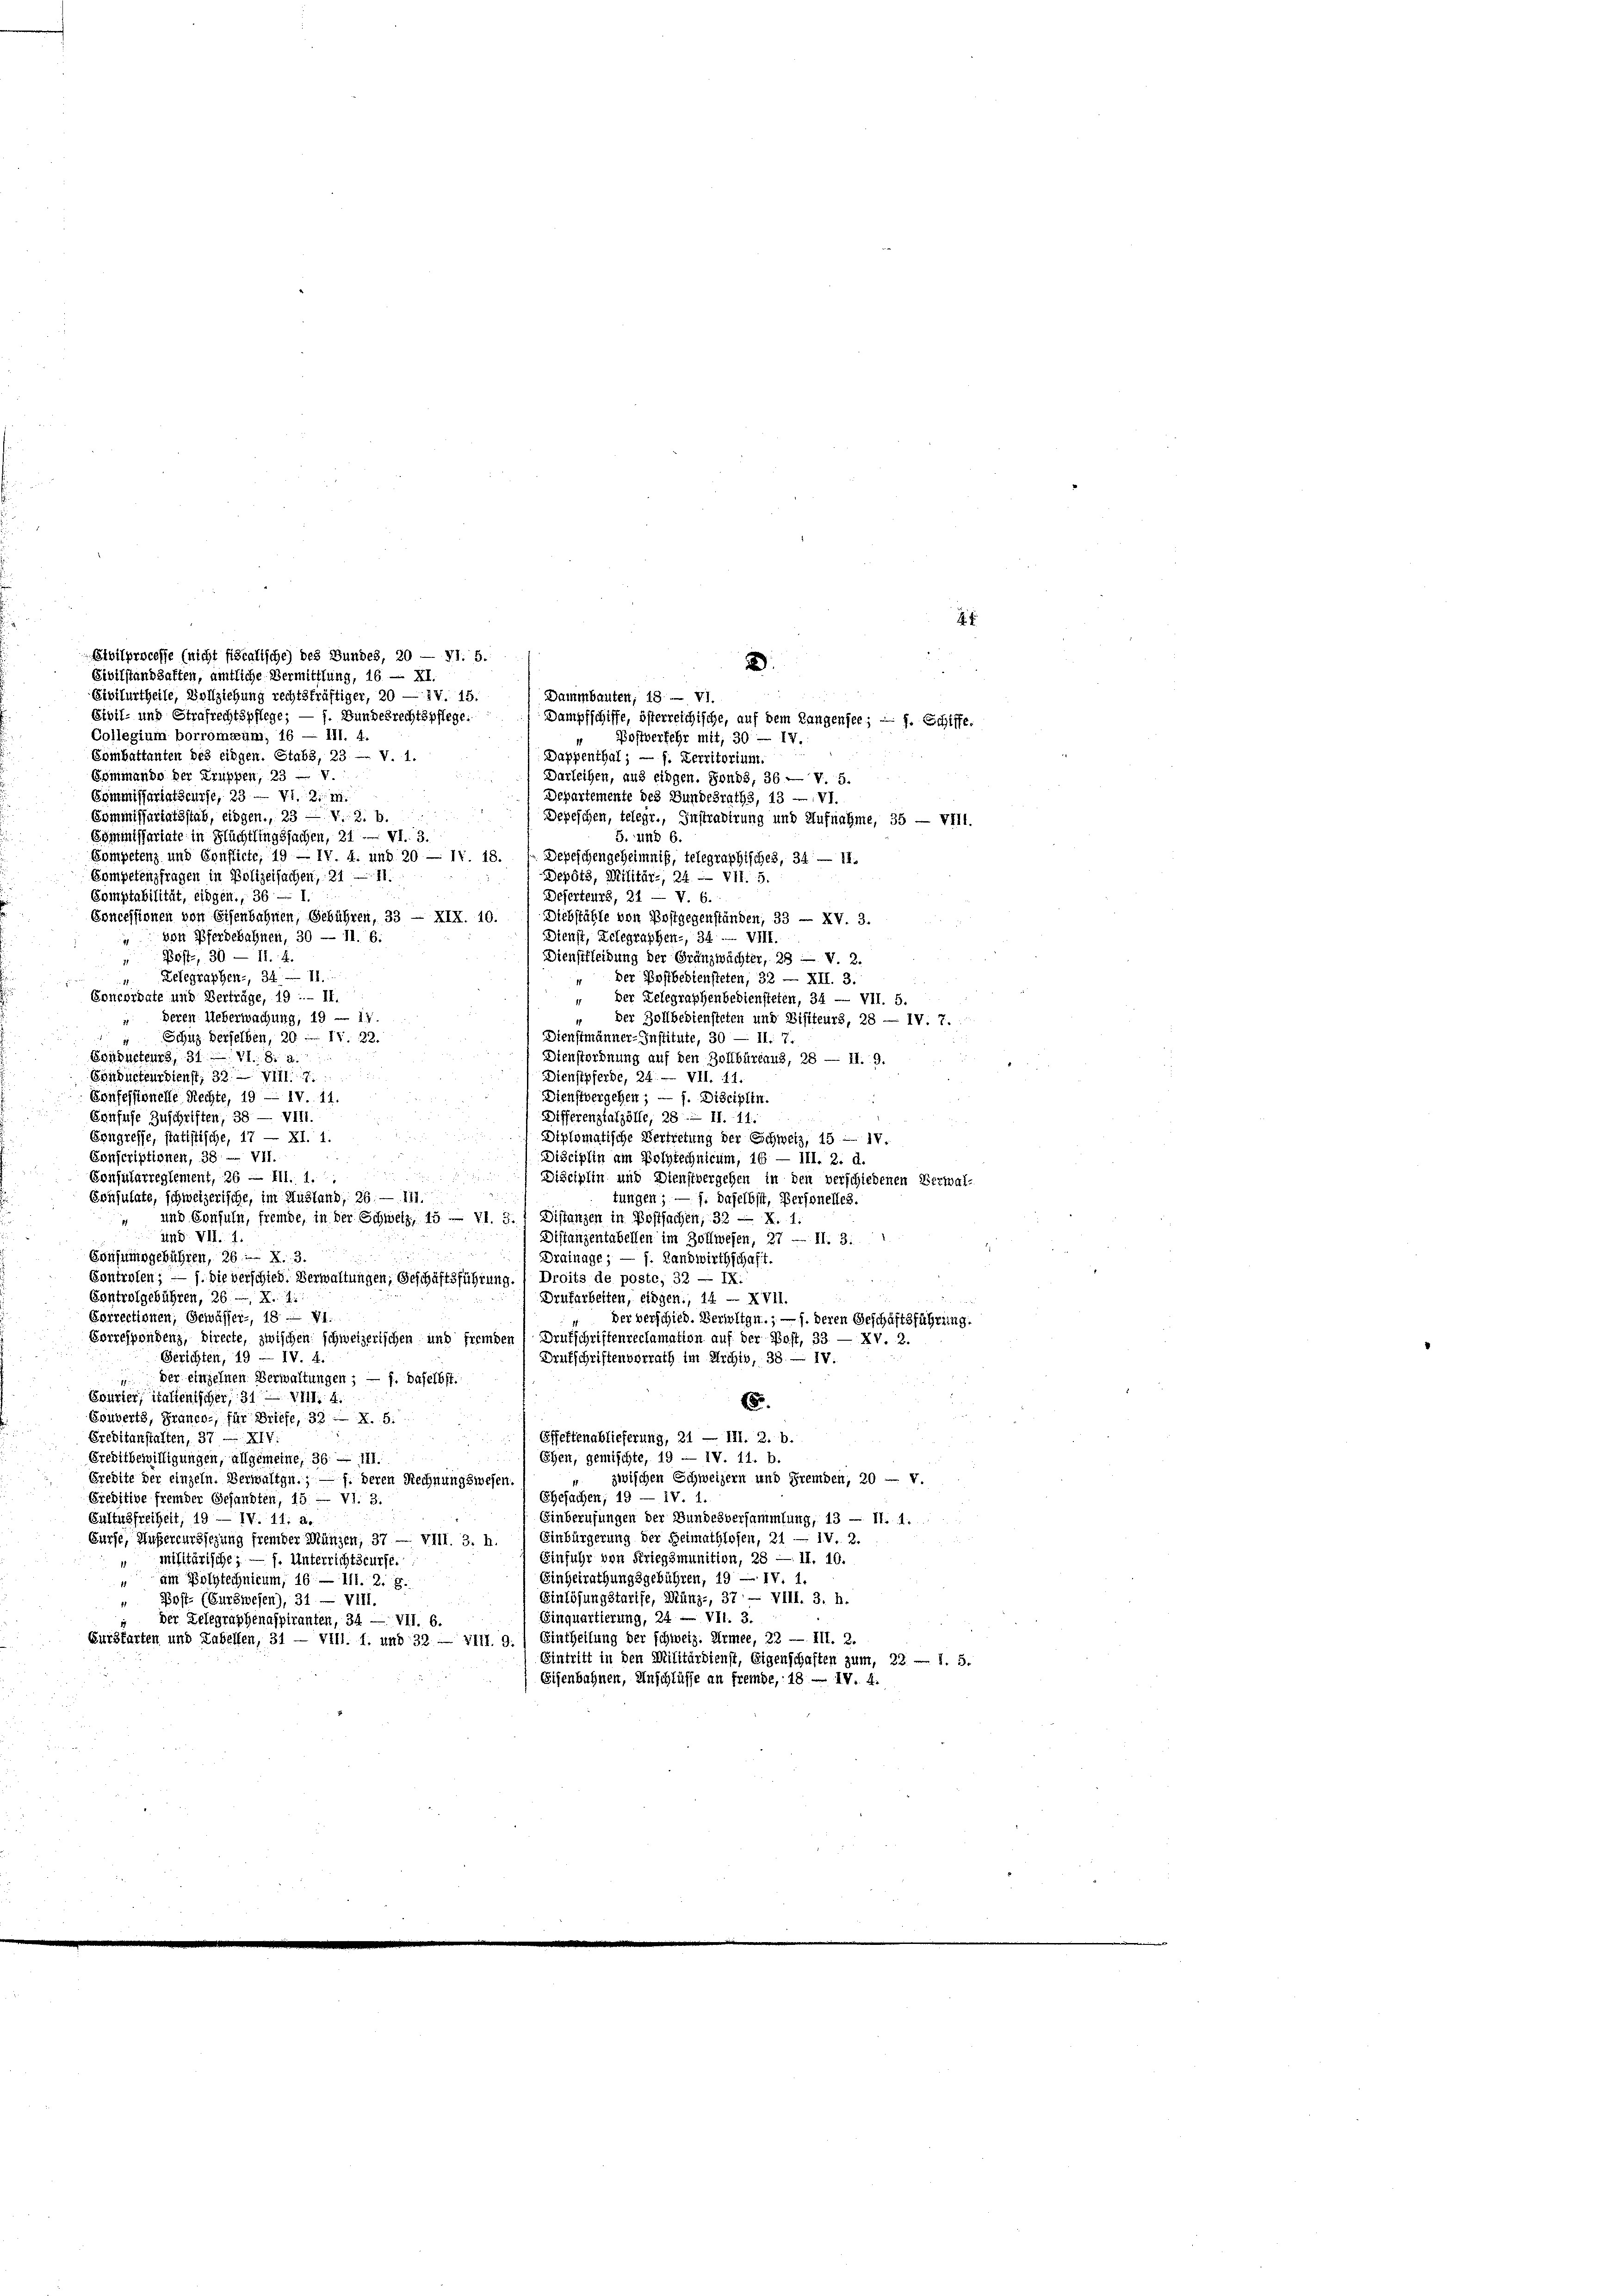
Collegium borromaum, 16 — 111. 4.
Postverfehr mit, 30 — IV.
Combattanten des eingen. Stabs, 23 — v. 1.
Dappenthal; — f. Zerritorium.
Commando der Truppen, 23 — v.
Darleihen, aus eingen. Sonds, 36 — V. 5.
Commissariatswürfe, 23 — VI. 2. m.
Departemente des Bundesraths, 13 —VI.
Commissariatsstab, eingen., 23 — V. 3. b.
Depeschen, telegr., Instradirung und Aufnahme, 35 — VIII.
Commissariate in Flüchtlingssachen, 21 -. VI. 3.
5. und 6.
Competenz und Conflicte, 19 — IV. 4. und 20 — 17. 18.
Depeschengeheimnis, telegraphisches, 34 — 11.
Competenzfragen in Polizeisachen, 21 — 11.
Depots, Militär-, 24. — VII. 5.
Comptabilität, eidgen., 36 — I
Deserteurs, 21 — V. 6.
Soncessionen von Eisenbahnen, Gebühren, 33 — XIX. 10.
Diebstähle von Postgegenständen, 33 — XV. 3.
von Pferdebahnen, 30 — 11. 6.
Dienst, Zelegraphen-, 34. VIII.
Pöste, 30 — 11. 4.
Dienstleidung der Gränzwächter, 28 — V. 2.
Zelegraphen-, 34 - 11.
 der Postbediensteten, 32 — XII. 3.
Concordate und Verträge, 19. II.
" Der Telegraphenbediensteten, 34 — VII. 5.
deren Ueberwachung, 19 — 17.
der Zollbediensteten und Bisiteurs, 28 — IV. 7.
Dienstmänner-Institute, 30 — II. 7.
 Schutz derselben, 20 - 11. 22.
Ernducteurs, 31. 71. 8. a.
Dienstordnung auf den Zollbüreaus, 28 — 11. 9.
Conducteurdienst, 32. — VIII. 7
Dienstpferde, 24. — VII. 11.
Dienstvergehen; — 1. Disciplin.
Bonfessionelle Rechte, 19 L IV. 11.
Confuse Zuschriften, 38 — VIII.
Differenzialzölle, 28. II. 11.
Erngresse, statistische, 17 — XI. 1.
Diplomatische Vertretung der Schweiz, 15 — 1.
Conscriptionen, 38. VII.
Disciplin am Polytechnicum, 16 — III. 2. d.
r
Consularreglement, 26 — III. 1.
r
Disciplin und Dienstvergehen in den verschiedenen Verwal-
Consulate, schweizerische, im Hustand, 26. — 117.
tungen; — f. daselbst, Personelles.
und Consuln, fremde, in der Schweiz, 15 — VI. 3.) Distanzen in Postfachen, 32 — X. 1.
und. VI. 1.
Distanzentabellen im Zollwesen, 27 — II. 3. 1
Consumsgebühren, 26. N. 3.
Drainage; — f. Landwirthschaft.
Sontrolen; — J. die verschied. Verwaltungen, Geschäftsführung.) Droits de poste, 32 — IX.
Controlgebühren, 26, N. 1
Drufarbeiten, eidgen., 14 - XVII.
Correctionen, Gewässer, 18. VI.
der verschied. Verwitgn.; — J. deren Geschäftsführung.
Sorrespondenz, directe, zwischen schweizerischen und fremden 1 Drukschriftenreclamation auf der Post, 33 — XV. 2.
Gerichten, 19 — IV. 4.
Drufschriftenvorrath im Archiv, 38. — IV.
 der einzelnen Verwaltungen; — f. Baselbst.
Sourier, italienischer, 314.
.
Esuverts, Franco- für Briefe, 32 — X. 5.
Creditanstatten, 37 — XIV.
Öffeftenablieferung, 21 — III. 2. b.
Ehen, gemischte, 19 — IV. 11. b.
Ereditbewilligungen, allgemeine, 36 — 111.
zwischen Schweizern und Fremden, 20 — v.
Predite der einzeln. Verwaltgn.; — f. deren Rechnungswesen,
Ehesachen; 19 — IV. 1.
Preditive fremder Gesandten, 15 — VI. 3.
Gultnsfreiheit, 19 — IV. 11, a.
Einberufungen der Bundesversammlung, 13 — 11. 1.
Einbürgerung der Heimathlosen, 21 — IV. 2.
Curse, Außereurssezung fremder Münzen, 37 — VIII. 3. h.
Einführ von Kriegsmunition, 28 — 11. 10.
militärische; — f. Unterrichtscurse.
Einheirathungsgebühren, 19 — IV. 1.
am Polytechnicum, 16 — 111. 2. g.
Einlösungstarife, Münz-, 37 — VIII. 3. h.
Post- (Curswesen), 31 — VIII.
Einquartierung, 24 — VII. 3.
der Telegraphenaspiranten, 34 — VII. 6.
Eursfarten und Zubelfen, 31 — Vill. I. und 32 — VIII. 9.) Eintheilung der schweiz. Armee, 22 — III. 2.
Eintritt in den Militärdienst, Eigenschaften zum 22. — 1. 5.
Eisenbahnen, Anschlüsse an fremde, 18 — IV. 4.

Evilprocesse (nicht fiscalische) des Bundes, 20 — VI. 5.
:
Fivilstandhaften, amtliche Vermittlung, 16 — XI.
Civilurtheile, Vollziehung rechtskräftiger, 20 — IV. 15.
Dammbauten, 18. — VI.
Civil- und Strafrechtspflege; — f. Bundesrechtspflege.
Dampfschiffe, österreichische, auf dem Langensee, — f. Schiffe.